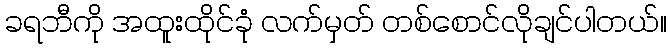
ခရဘီကို အထူးထိုင်ခုံ လက်မှတ် တစ်စောင်လိုချင်ပါတယ်။